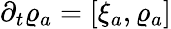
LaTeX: \partial_{t}\varrho_{a}=[\xi_{a},\varrho_{a}]